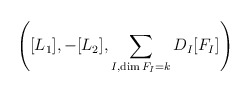
\begin{align*}\left([L_1],-[L_2],\sum_{I, \dim F_I=k}D_I[F_I]\right)\end{align*}